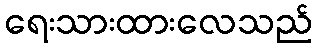
ရေးသားထားလေသည်